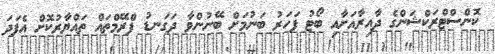
ކޮންސްޓްރަކްޝަންގެ ދާއިރާއަށާއި ބޯޓު ފަހަރު ބަނުމަށް ބޭނުންވާ ދަގަނޑު ފްރޭމްތައް ތައްޔާރުކޮށް އެފަދަ